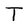
Character: T